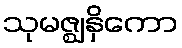
သုမဇ္ဈနှိကော